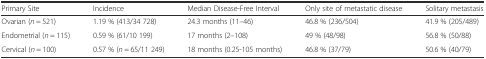
| Primary Site | Incidence | Median Disease-Free Interval | Only site of metastatic disease | Solitary metastasis |
 | --- | --- | --- | --- | --- |
 | Ovarian (n = 521) | 1.19 % (413/34 728) | 24.3 months (11–46) | 46.8 % (236/504) | 41.9 % (205/489) |
 | Endometrial (n = 115) | 0.59 % (61/10 199) | 17 months (2–108) | 49 % (48/98) | 56.8 % (50/88) |
 | Cervical (n = 100) | 0.57 % (n = 65/11 249) | 18 months (0.25-105 months) | 46.8 % (37/79) | 50.6 % (40/79) |